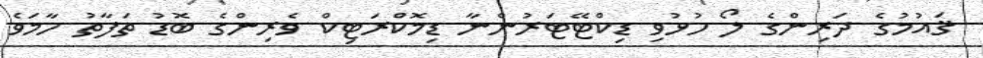
ޤައުމުގެ ދަރިންގެ ލޯ ހުޅުވި ޑިކްޓޭޓަރުންނާ ޑިމޮކްރަޓިކް ވެރިންގެ ބޮޑު ތަފާތު ހާމަވެ